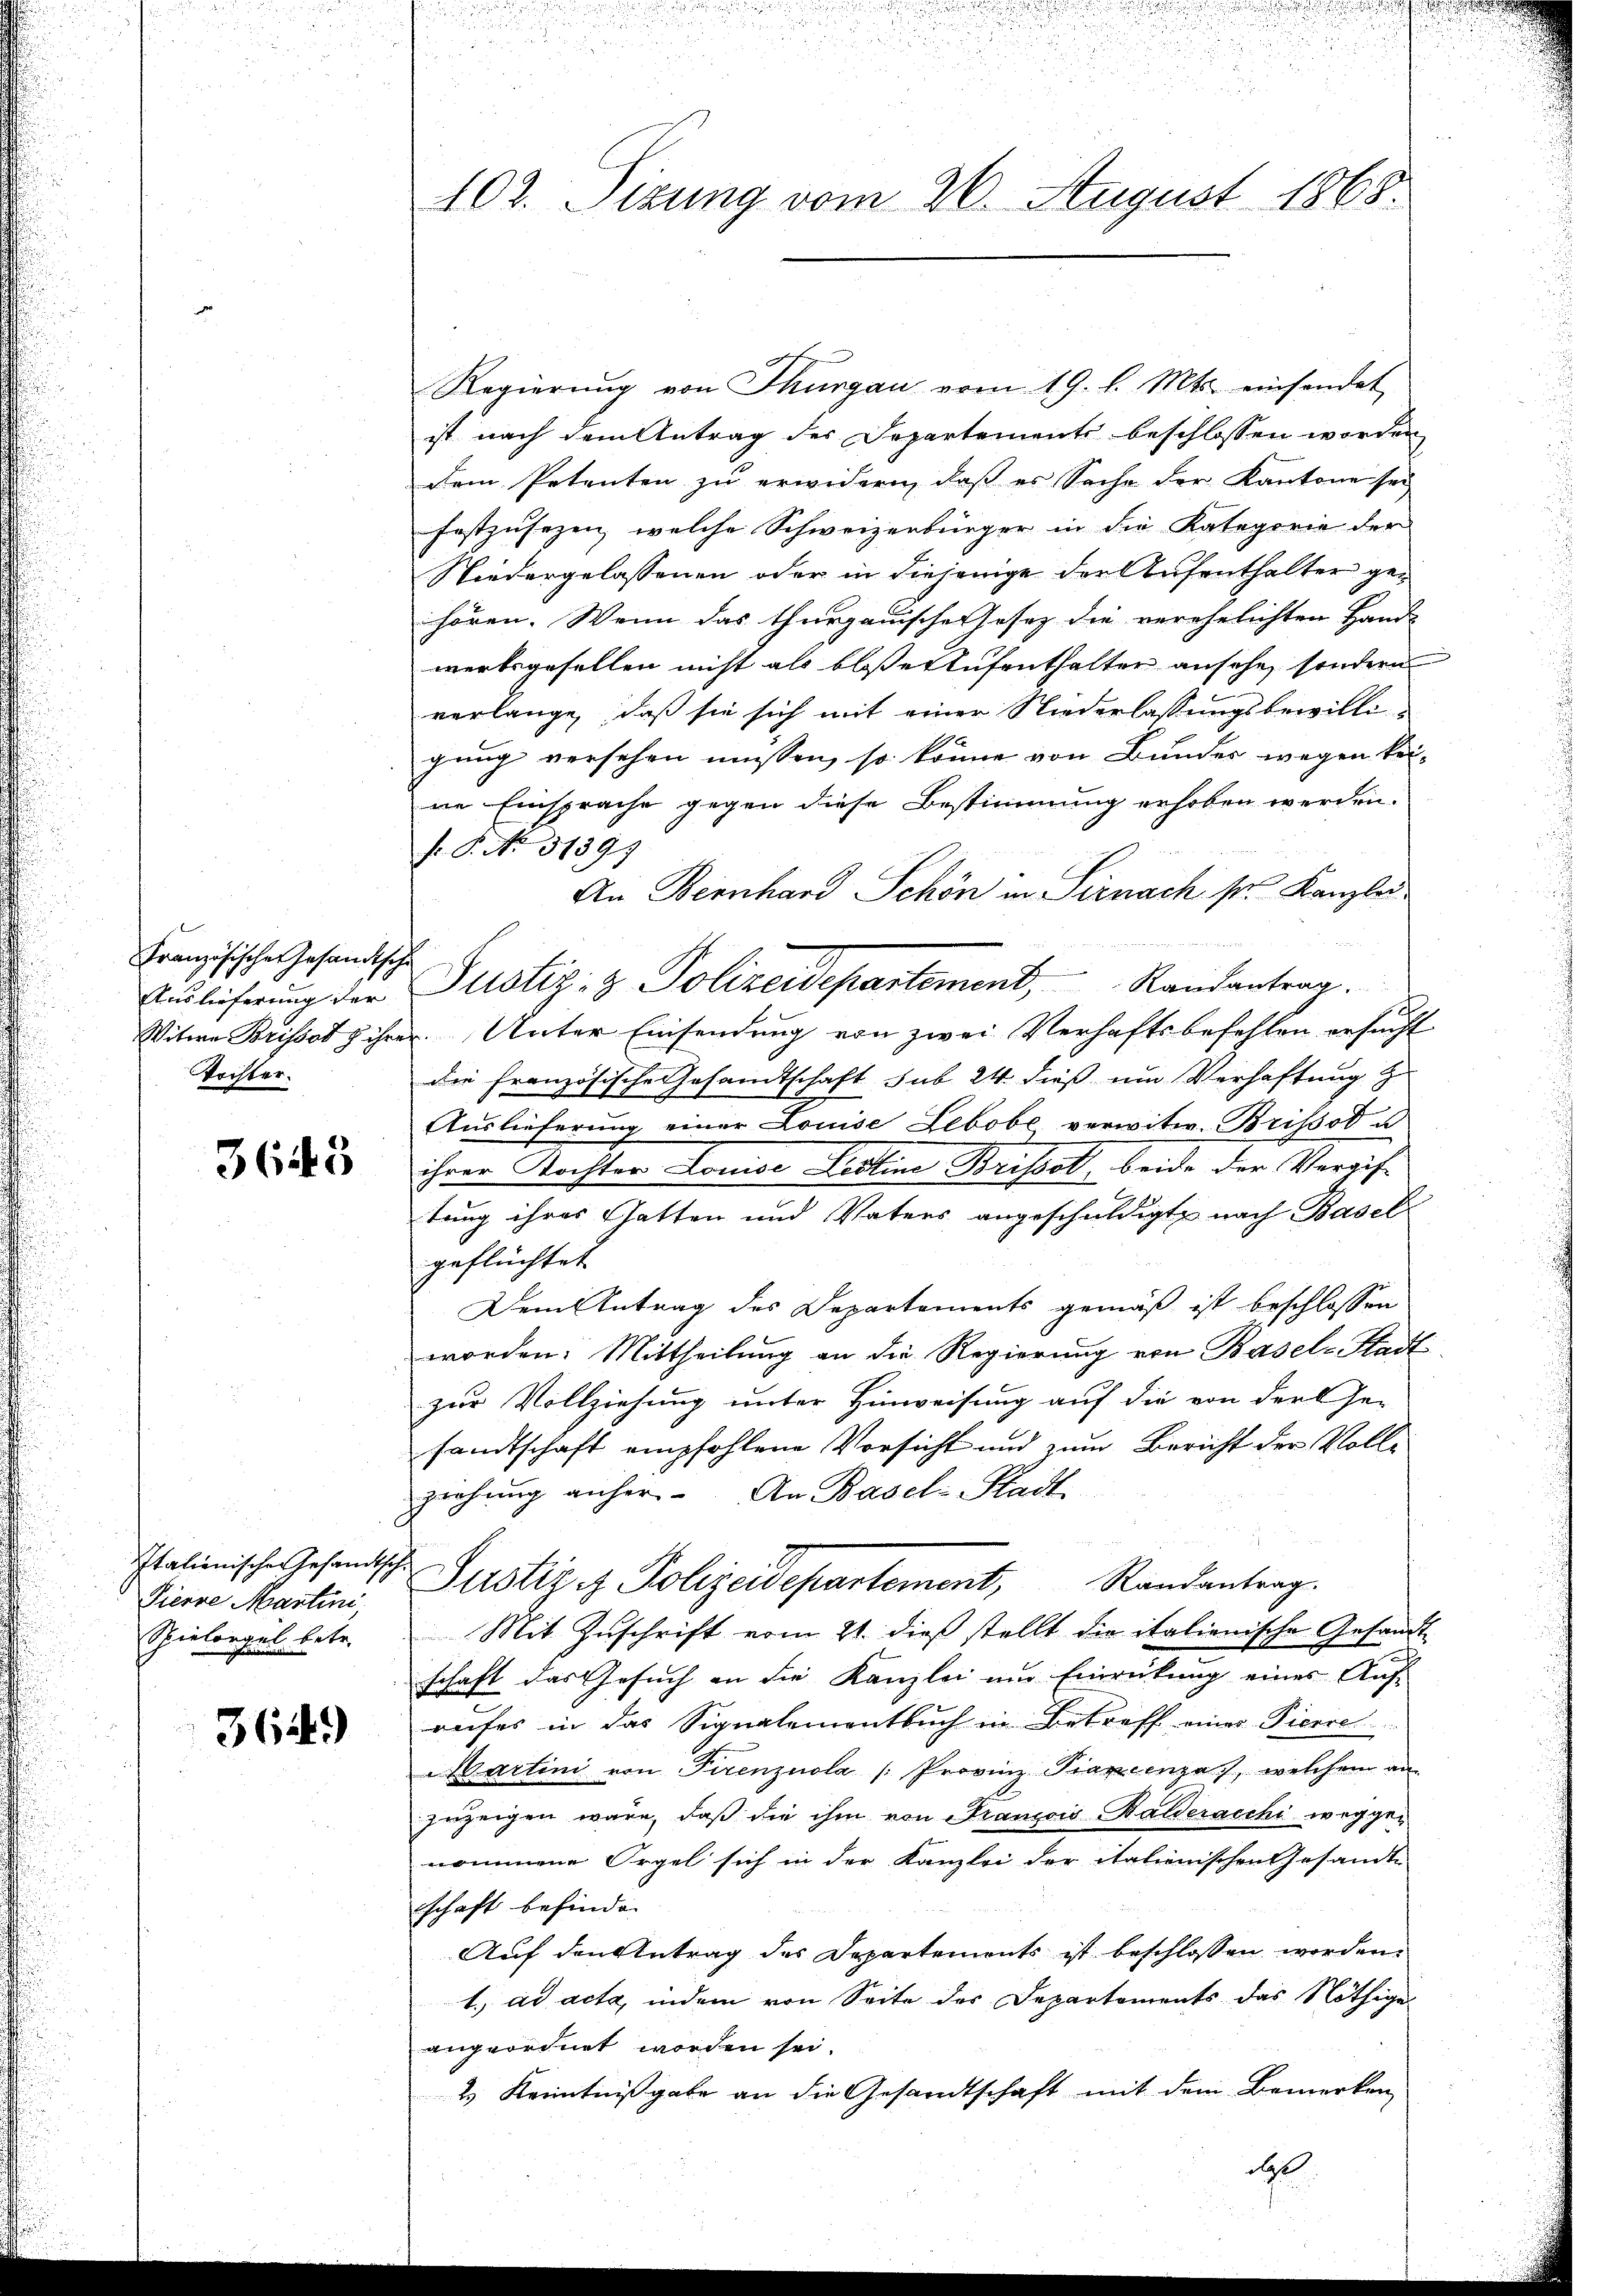
Französischen Gesandtsche
Auslieferung der
Tochter.

3645

Italienischen Gesandts
Pierre Martini,
Spielorgel betr.

364)

102. Sizung vom 26. August 1868.

Regierŭng von Thurgau vom 19. l. Mts. einsendet
ist nach dem Antrag der Departements beschlossen worden
dem Petenten zu erwidern, daß es Sache der Kantone sei
festzusezen, welche Schweizerbürger in die Kategorie der
Niedergelassenen oder in diejenige der Aufenthalter gehören. Wenn das thurgauische Gesetz die verehelichten Hand-
werksgesellen nicht als bloße Stufenthalter ansehe, sondern
verlange, daß sie sich mit einer Niederlassungsbewilligung versehen müssen, so könne von Bunder wegen kei-
ne Einsprache gegen diese Bestimmung erhoben werden.
F. P. No. 3139
An Bernhard Schön in Pernach st. Kanzlei.
Justiz- & Polizeidepartement, Randantrag.
Witwe Brissot & ihrer Unter Einsendung von zwei Verhaftsbefehlen ersucht
die Französische Gesandtschaft sub 24 dieß um Verhaftung zu
Auslieferung einer Louise Lebobe, verwitw. Brissot u
ihrer Kochter Louise Lectine Brissot, beide der Vergiftung ihres Gatten und Vaters angeschuldigte nach Basel
geflüchtet
Dem Antrag des Departements gemäß ist beschlossen
worden. Mittheilung an die Regierung von Basels Stadt
zur Vollziehung unter Hinweisung auf die von der Ge-
sandtschaft empfohlene Vorsicht und zum Bericht der Vollziehung anher. An Basel-Stadt
h
Justiz & Polizeidepartement, Randantrag.
Mit Zuschrift vom 21. dieß stellt die italienische Gesandtschaft das Gesuch an die Kanzlei um Einrückung eines Aŭf-
aufes in das Signalementbuch in Betreff eines Pierre
Martini von Tierenznola /: Provinz Prancenza, welchem an-
zuzeigen wäre, daß die ihm von Francois Balderacchi weggenommene Orgel sich in der Kanzlei der italienischen Gesandte
schaft befinde.
Auf den Antrag des Departements ist beschlossen werden.
1. ad acta, indem von Seite des Departements das Nöthige
angeordnet worden sei.
2 Kenntnißgabe an die Gesandtschaft mit dem Bemerken

bs